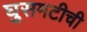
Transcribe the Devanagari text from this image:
घुसमटीची